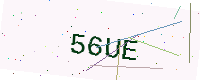
Text: 56UE